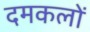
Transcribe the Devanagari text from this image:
दमकलों